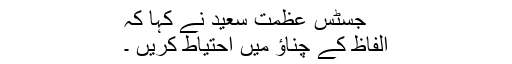
جسٹس عظمت سعید نے کہا کہ
الفاظ کے چناؤ میں احتیاط کریں ۔